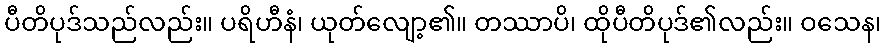
ပီတိပုဒ်သည်လည်း။ ပရိဟီနံ၊ ယုတ်လျော့၏။ တဿာပိ၊ ထိုပီတိပုဒ်၏လည်း။ ဝသေန၊